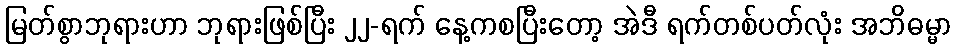
မြတ်စွာဘုရားဟာ ဘုရားဖြစ်ပြီး ၂၂-ရက် နေ့ကစပြီးတော့ အဲဒီ ရက်တစ်ပတ်လုံး အဘိဓမ္မာ